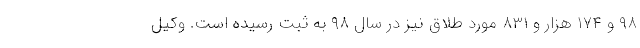
۹۸ و ۱۷۴ هزار و ۸۳۱ مورد طلاق نیز در سال ۹۸ به ثبت رسیده است. وکیل